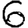
Digit: 6